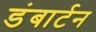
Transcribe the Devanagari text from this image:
डंबार्टन